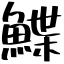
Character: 鰈